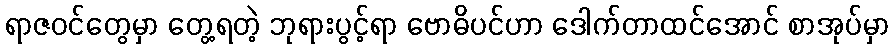
ရာဇဝင်တွေမှာ တွေ့ရတဲ့ ဘုရားပွင့်ရာ ဗောဓိပင်ဟာ ဒေါက်တာထင်အောင် စာအုပ်မှာ